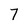
Character: 7